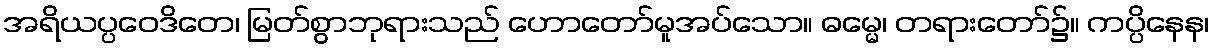
အရိယပ္ပဝေဒိတေ၊ မြတ်စွာဘုရားသည် ဟောတော်မူအပ်သော။ ဓမ္မေ၊ တရားတော်၌။ ကပ္ပိနေန၊